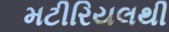
મટીરિયલથી